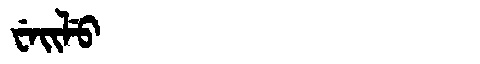
Manchu: ᠸᡝᡳᠯᡠ
Romanization: WEILU